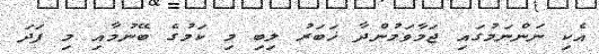
އެކި ނަންނަމުގައި ޖަމާވަމުންދާ ޚަބަރު ލިބި މި ކަމުގެ ބޭނުމާއި މި ފަދަ